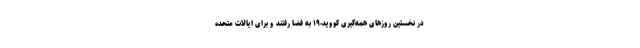
در نخستین روزهای همه‌گیری کووید-۱۹ به فضا رفتند و برای ایالات متحده